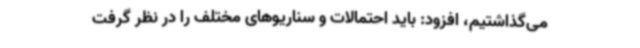
می‌گذاشتیم، افزود: باید احتمالات و سناریوهای مختلف را در نظر گرفت